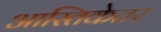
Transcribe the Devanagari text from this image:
आस्तिकेतर